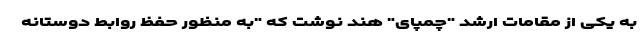
به یکی از مقامات ارشد "چمپای" هند نوشت که "به منظور حفظ روابط دوستانه